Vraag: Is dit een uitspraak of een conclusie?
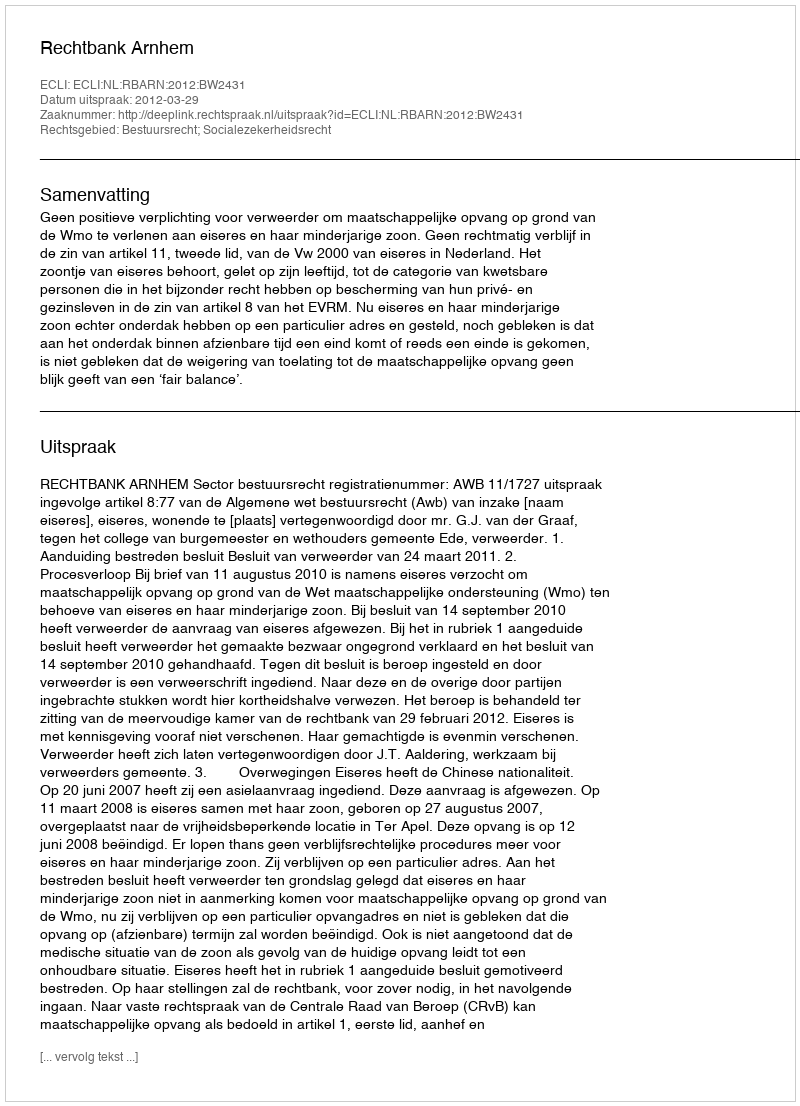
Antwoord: Uitspraak